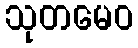
သုတမေဝ